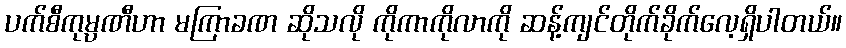
ပက်စီကုမ္ပဏီဟာ မကြာခဏ ဆိုသလို ကိုကာကိုလာကို ဆန့်ကျင်တိုက်ခိုက်လေ့ရှိပါတယ်။